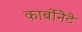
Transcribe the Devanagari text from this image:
कार्बोनेटे